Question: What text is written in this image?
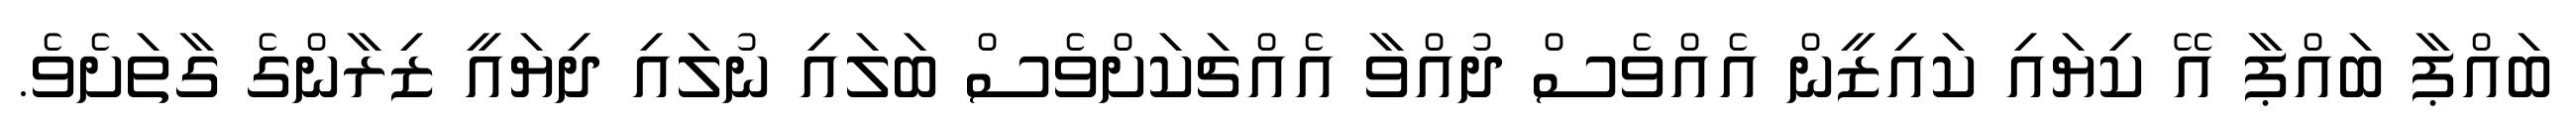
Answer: ބައްޕާ ބައްޕާ އޭ ކިޔައި ކައިޒީން އެއްވެސް ދުއްވާ އެއްޗަކަށްވެސް ބަލައި ނުލައި ދިޔައީ ޒިރާންގެ ގާތަށެވެ.